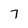
Character: 7